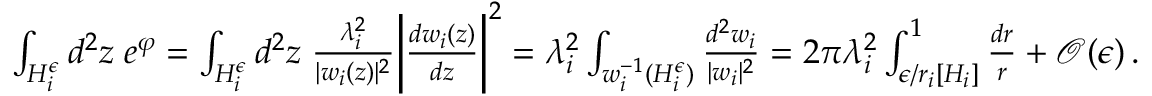
\begin{array} { r } { \int _ { H _ { i } ^ { \epsilon } } d ^ { 2 } z \; e ^ { \varphi } = \int _ { H _ { i } ^ { \epsilon } } d ^ { 2 } z \; { \frac { \lambda _ { i } ^ { 2 } } { | w _ { i } ( z ) | ^ { 2 } } } \bigg | { \frac { d w _ { i } ( z ) } { d z } } \bigg | ^ { 2 } = \lambda _ { i } ^ { 2 } \int _ { w _ { i } ^ { - 1 } ( H _ { i } ^ { \epsilon } ) } { \frac { d ^ { 2 } w _ { i } } { | w _ { i } | ^ { 2 } } } = 2 \pi \lambda _ { i } ^ { 2 } \int _ { \epsilon / r _ { i } [ H _ { i } ] } ^ { 1 } { \frac { d r } { r } } + \mathcal { O } ( \epsilon ) \, . } \end{array}